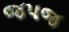
જપજ